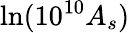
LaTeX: \ln(10^{10}A_{s})